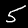
Digit: 5